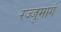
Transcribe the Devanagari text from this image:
रज्जूमार्ग